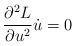
LaTeX: \begin{align*}\frac{\partial^{2}L}{\partial u^{2}}\dot{u}=0\, \end{align*}